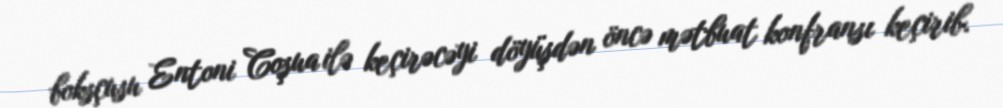
boksçusu Entoni Coşua ilə keçirəcəyi döyüşdən öncə mətbuat konfransı keçirib.